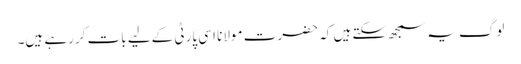
لوگ یہ سمجھ سکتے ہیں کہ حضرت مولانا اسی پارٹی کےلیے بات کررہے ہیں۔